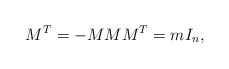
\begin{align*}M^T=-M M M^T= mI_n,\end{align*}